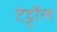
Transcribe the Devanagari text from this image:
टेट्टॉल